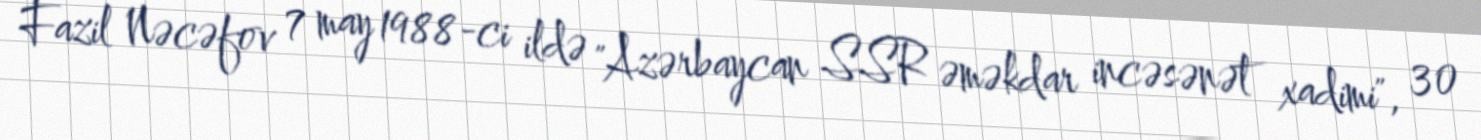
Fazil Nəcəfov 7 may 1988-ci ildə "Azərbaycan SSR əməkdar incəsənət xadimi", 30